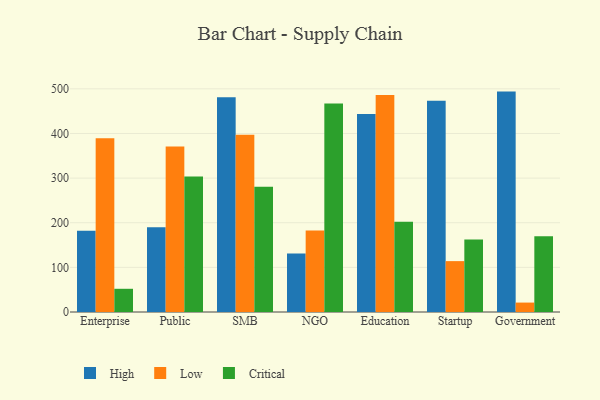
{"axis": {"x": "Segment", "y": "Headcount"}, "legend": ["Critical", "High", "Low"], "data": [{"x": "Enterprise", "y": 182.2, "type": "High"}, {"x": "Enterprise", "y": 389.2, "type": "Low"}, {"x": "Enterprise", "y": 52.0, "type": "Critical"}, {"x": "Public", "y": 189.8, "type": "High"}, {"x": "Public", "y": 370.6, "type": "Low"}, {"x": "Public", "y": 303.7, "type": "Critical"}, {"x": "SMB", "y": 481.1, "type": "High"}, {"x": "SMB", "y": 397.4, "type": "Low"}, {"x": "SMB", "y": 280.5, "type": "Critical"}, {"x": "NGO", "y": 130.9, "type": "High"}, {"x": "NGO", "y": 182.8, "type": "Low"}, {"x": "NGO", "y": 467.0, "type": "Critical"}, {"x": "Education", "y": 443.5, "type": "High"}, {"x": "Education", "y": 486.3, "type": "Low"}, {"x": "Education", "y": 202.1, "type": "Critical"}, {"x": "Startup", "y": 473.5, "type": "High"}, {"x": "Startup", "y": 114.0, "type": "Low"}, {"x": "Startup", "y": 162.3, "type": "Critical"}, {"x": "Government", "y": 493.8, "type": "High"}, {"x": "Government", "y": 21.1, "type": "Low"}, {"x": "Government", "y": 169.6, "type": "Critical"}]}